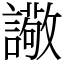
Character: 䜘